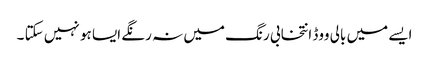
ایسے میں بالی ووڈ انتخابی رنگ میں نہ رنگے ایسا ہو نہیں سکتا ۔